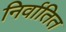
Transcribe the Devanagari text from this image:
निर्वातित